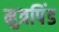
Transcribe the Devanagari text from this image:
मुत्रपिंड